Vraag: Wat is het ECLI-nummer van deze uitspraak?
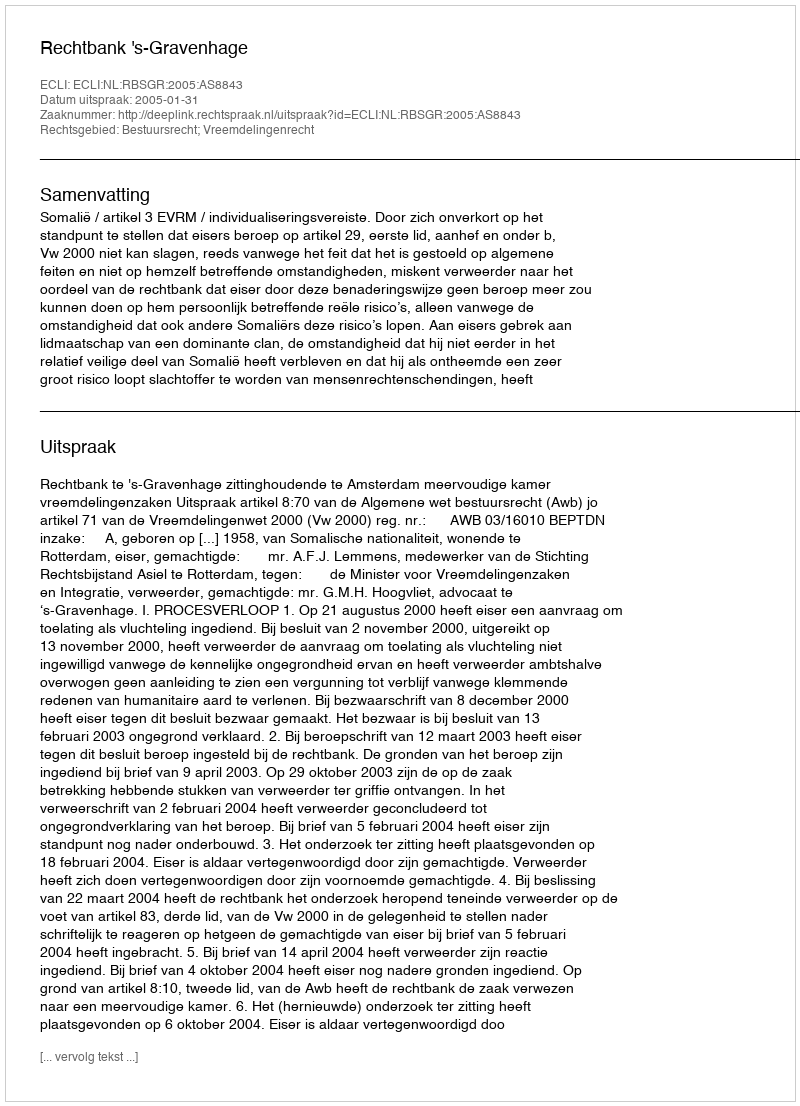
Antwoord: ECLI:NL:RBSGR:2005:AS8843